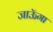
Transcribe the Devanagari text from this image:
जाऊॅगा